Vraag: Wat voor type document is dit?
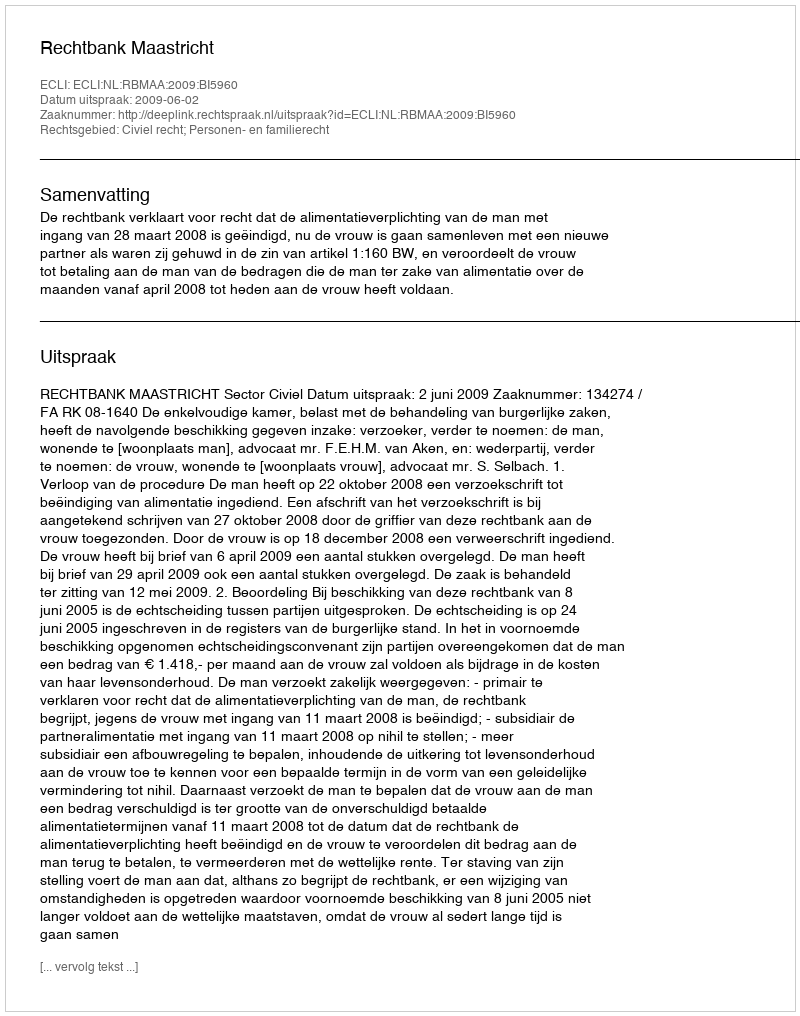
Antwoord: Uitspraak